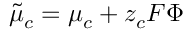
\widetilde { \mu } _ { c } = \mu _ { c } + z _ { c } F \Phi